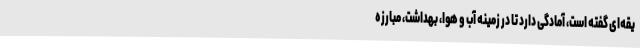
یقه‌ای گفته است، آمادگی دارد تا در زمینه آب و هوا، بهداشت، مبارزه